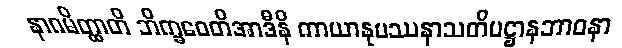
နာဂမိတ္ထာတိ ဘိက္ခဝေတိအာဒီနိ ကာယာနုပဿနာသတိပဋ္ဌာနဘာဝနာ